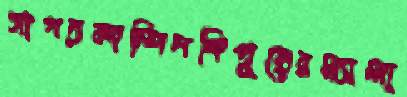
সাগরকান্দিনশিপুরেরম্যালা